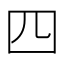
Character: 四